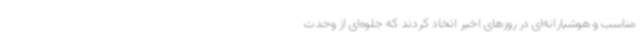
مناسب و هوشیارانه‌ای در روزهای اخیر اتخاد کردند که جلوه‌ای از وحدت